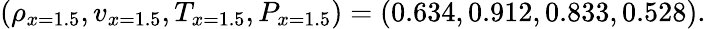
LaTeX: (\rho_{x=1.5},v_{x=1.5},T_{x=1.5},P_{x=1.5})=(0.634,0.912,0.833,0.528).